Annual report of the Bengal Veterinary College and of the Civil Veterinary Department, Bengal, for the year 1899-1900 - 1899-1900
Year: 1899
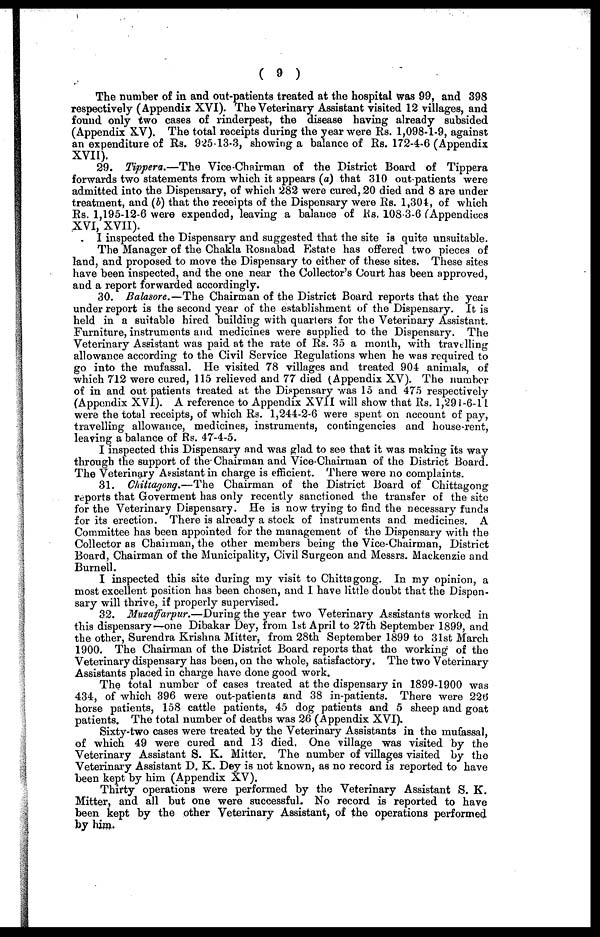
( 9 )
The number of in and out-patients treated at the hospital was 99, and 398
respectively (Appendix XVI). The Veterinary Assistant visited 12 villages, and
found only two cases of rinderpest, the disease having already subsided
(Appendix XV). The total receipts during the year were Rs. 1,098-1-9, against
an expenditure of Rs. 925-13-3, showing a balance of Rs. 172-4-6 (Appendix
XVII).
29. Tippera.—The Vice-Chairman of the District Board of Tippera
forwards two statements from which it appears (a) that 310 out-patients were
admitted into the Dispensary, of which 282 were cured, 20 died and 8 are under
treatment, and (b) that the receipts of the Dispensary were Rs. 1,304, of which
Rs. 1,195-12-6 were expended, leaving a balance of lis. 108 3-6 (Appendices
XVI, XVII).
I inspected the Dispensary and suggested that the site is quite unsuitable.
The Manager of the Chakla Rosnabad Estate has offered two pieces of
land, and proposed to move the Dispensary to either of these sites. These sites
have been inspected, and the one near the Collector's Court has been approved,
and a report forwarded accordingly.
30. Balasore.—The Chairman of the District Board reports that the year
under report is the second year of the establishment of the Dispensary. It is
held in a suitable hired building with quarters for the Veterinary Assistant.
Furniture, instruments and medicines were supplied to the Dispensary. The
Veterinary Assistant was paid at the rate of Rs. 35 a month, with travelling
allowance according to the Civil Service Regulations when he was required to
go into the mufassal. He visited 78 villages and treated 904 animals, of
which 712 were cured, 115 relieved and 77 died (Appendix XV). The number
of in and out patients treated at the Dispensary was 15 and 475 respectively
(Appendix XVI). A reference to Appendix XVII will show that Rs. 1,291-6-11
were the total receipts, of which Rs. 1,244-2-6 were spent on account of pay,
travelling allowance, medicines, instruments, contingencies and house-rent,
leaving a balance of Rs. 47-4-5.
I inspected this Dispensary and was glad to see that it was making its way
through the support of the Chairman and Vice Chairman of the District Board.
The Veterinary Assistant in charge is efficient. There were no complaints.
31. Chittagong.—The Chairman of the District Board of Chittagong
reports that Goverment has only recently sanctioned the transfer of the site
for the Veterinary Dispensary. He is now trying to find the necessary funds
for its erection. There is already a stock of instruments and medicines. A
Committee has been appointed for the management of the Dispensary with the
Collector as Chairman, the other members being the Vice-Chairman, District
Board, Chairman of the Municipality, Civil Surgeon and Messrs. Mackenzie and
Burnell.
I inspected this site during my visit to Chittagong. In my opinion, a
most excellent position has been chosen, and I have little doubt that the Dispen-
sary will thrive, if properly supervised.
32. Muzaffarpur.—During the year two Veterinary Assistants worked in
this dispensary—one Dibakar Dey, from 1st April to 27th September 1899, and
the other, Surendra Krishna Mitter, from 28th September 1899 to 31st March
1900. The Chairman of the District Board reports that the working of the
Veterinary dispensary has been, on the whole, satisfactory. The two Veterinary
Assistants placed in charge have done good work.
The total number of cases treated at the dispensary in 1899-1900 was
434, of which 396 were out-patients and 38 in-patients. There were 226
horse patients, 158 cattle patients, 45 dog patients and 5 sheep and goat
patients. The total number of deaths was 26 (Appendix XVI).
Sixty-two cases were treated by the Veterinary Assistants in the mufassal,
of which 49 were cured and 13 died. One village was visited by the
Veterinary Assistant S. K. Mitter. The number of villages visited by the
Veterinary Assistant D. K. Dey is not known, as no record is reported to have
been kept by him (Appendix XV).
Thirty operations were performed by the Veterinary Assistant S. K.
Mitter, and all but one were successful. No record is reported to have
been kept by the other Veterinary Assistant, of the operations performed
by him.